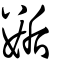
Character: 𡢐